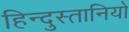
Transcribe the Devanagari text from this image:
हिन्दुस्तानियो